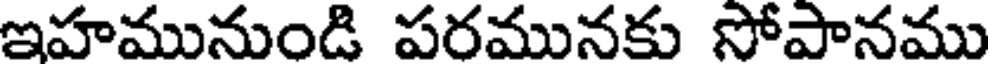
ఇహమునుండి పరమునకు సోపానము